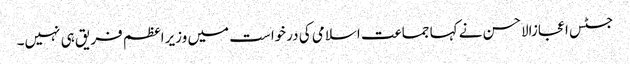
جسٹس اعجازالاحسن نے کہا جماعت اسلامی کی درخواست میں وزیراعظم فریق ہی نہیں۔